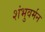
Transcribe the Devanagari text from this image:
शंभुवर्मन